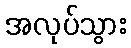
အလုပ်သွား